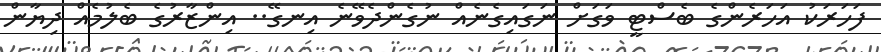
ފަހަރަކު އަހަރެންގެ ބެސްޓީ ވަގަށް ނަގައިގެނެއް ނުގެންދެވޭނެ އިނގޭ.. އިންޒާރުގެ ބެލުމެއް ދިޔާން